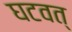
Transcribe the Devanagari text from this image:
घटवत्